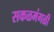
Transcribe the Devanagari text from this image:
सकळमंगळी